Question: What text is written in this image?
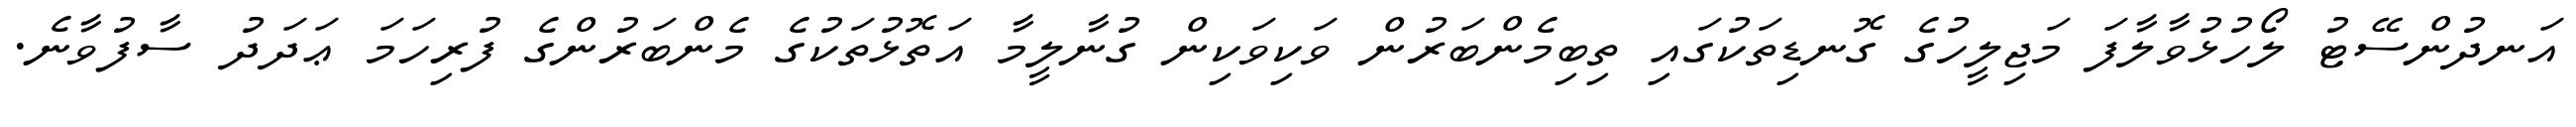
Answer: އަނދުންސޭޓު ލޯހުޅުވާލާފަ މަޖިލީހުގެ ގޮނޑިތަކުގައި ތިބިމެންބަރުން ވަކިވަކިން ގުނާލީމާ އަތޮޅުތަކުގެ މެންބަރުންގެ ފުރިހަމަ ޢަދަދު ސާފުވާނެ.